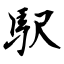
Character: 駅